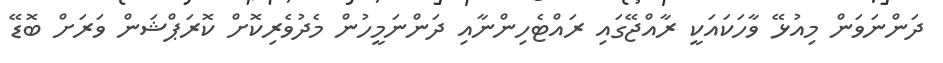
ދަންނަވަން މިއުޅޭ ވާހަކައަކީ ރާއްޖޭގައި ރައްޓެހިންނާއި ދަންނަމީހުން މެދުވެރިކޮށް ކޮރަޕްޝަން ވަރަށް ބޮޑޭ